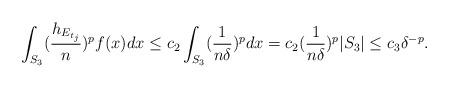
LaTeX: \begin{align*}\int_{S_{3}}(\frac{h_{E_{t_{j}}}}{n})^{p}f(x)dx\leq c_{2} \int_{S_{3}}(\frac{1}{n\delta})^{p}dx=c_{2}(\frac{1}{n\delta})^{p}|S_{3}|\leq c_{3}\delta^{-p}.\end{align*}